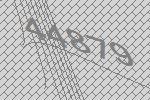
44879